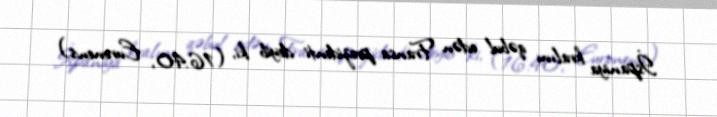
İspaniya kralını qəbul edən Fransa prezidenti deyib ki, (16.40, Euronews)